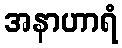
အနာဟာရံ